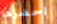
احضرها